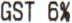
GST 6%